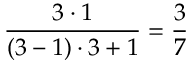
\frac { 3 \cdot 1 } { ( 3 - 1 ) \cdot 3 + 1 } = \frac { 3 } { 7 }